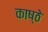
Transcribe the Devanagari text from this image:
काष्ठे